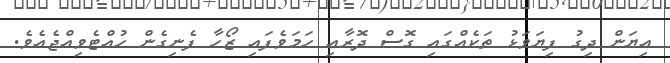
އިޔަން ދިގު ފިޔަވަޅު ތަކެއްގައި ގޮސް ދޮރާއި ހަމަވެފައި ޒޯހާ ފެނިގެން ހުއްޓެވިއްޖެއެވެ.